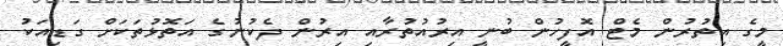
މީގެ އިތުރުން މެޓް އޮފީހުން ބުނީ އިރުއުތުރާއި އިރުން ދެކުނުގެ އަތޮޅުތަކަށް ގަޑިއަކު